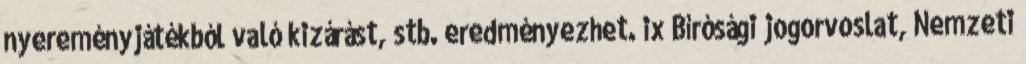
nyereményjátékból való kizárást, stb. eredményezhet. ix Bírósági jogorvoslat, Nemzeti